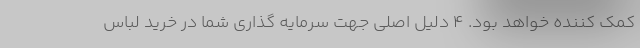
کمک کننده خواهد بود. 4 دلیل اصلی جهت سرمایه گذاری شما در خرید لباس